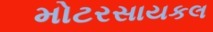
મોટરસાયકલ